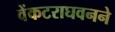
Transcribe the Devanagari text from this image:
वेंकटराघवनने